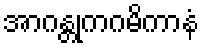
အာဂန္တုကဂမိကာနံ